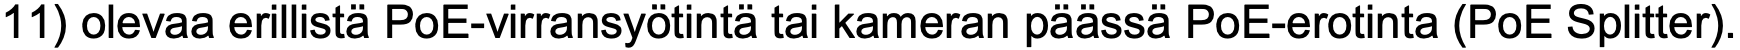
11) olevaa erillistä PoE-virransyötintä tai kameran päässä PoE-erotinta (PoE Splitter).